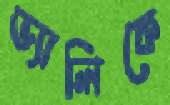
ভ্যালিকে